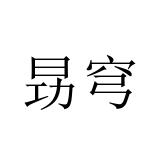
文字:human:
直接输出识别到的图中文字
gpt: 昮穹